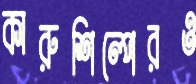
কারুশিল্পেরও